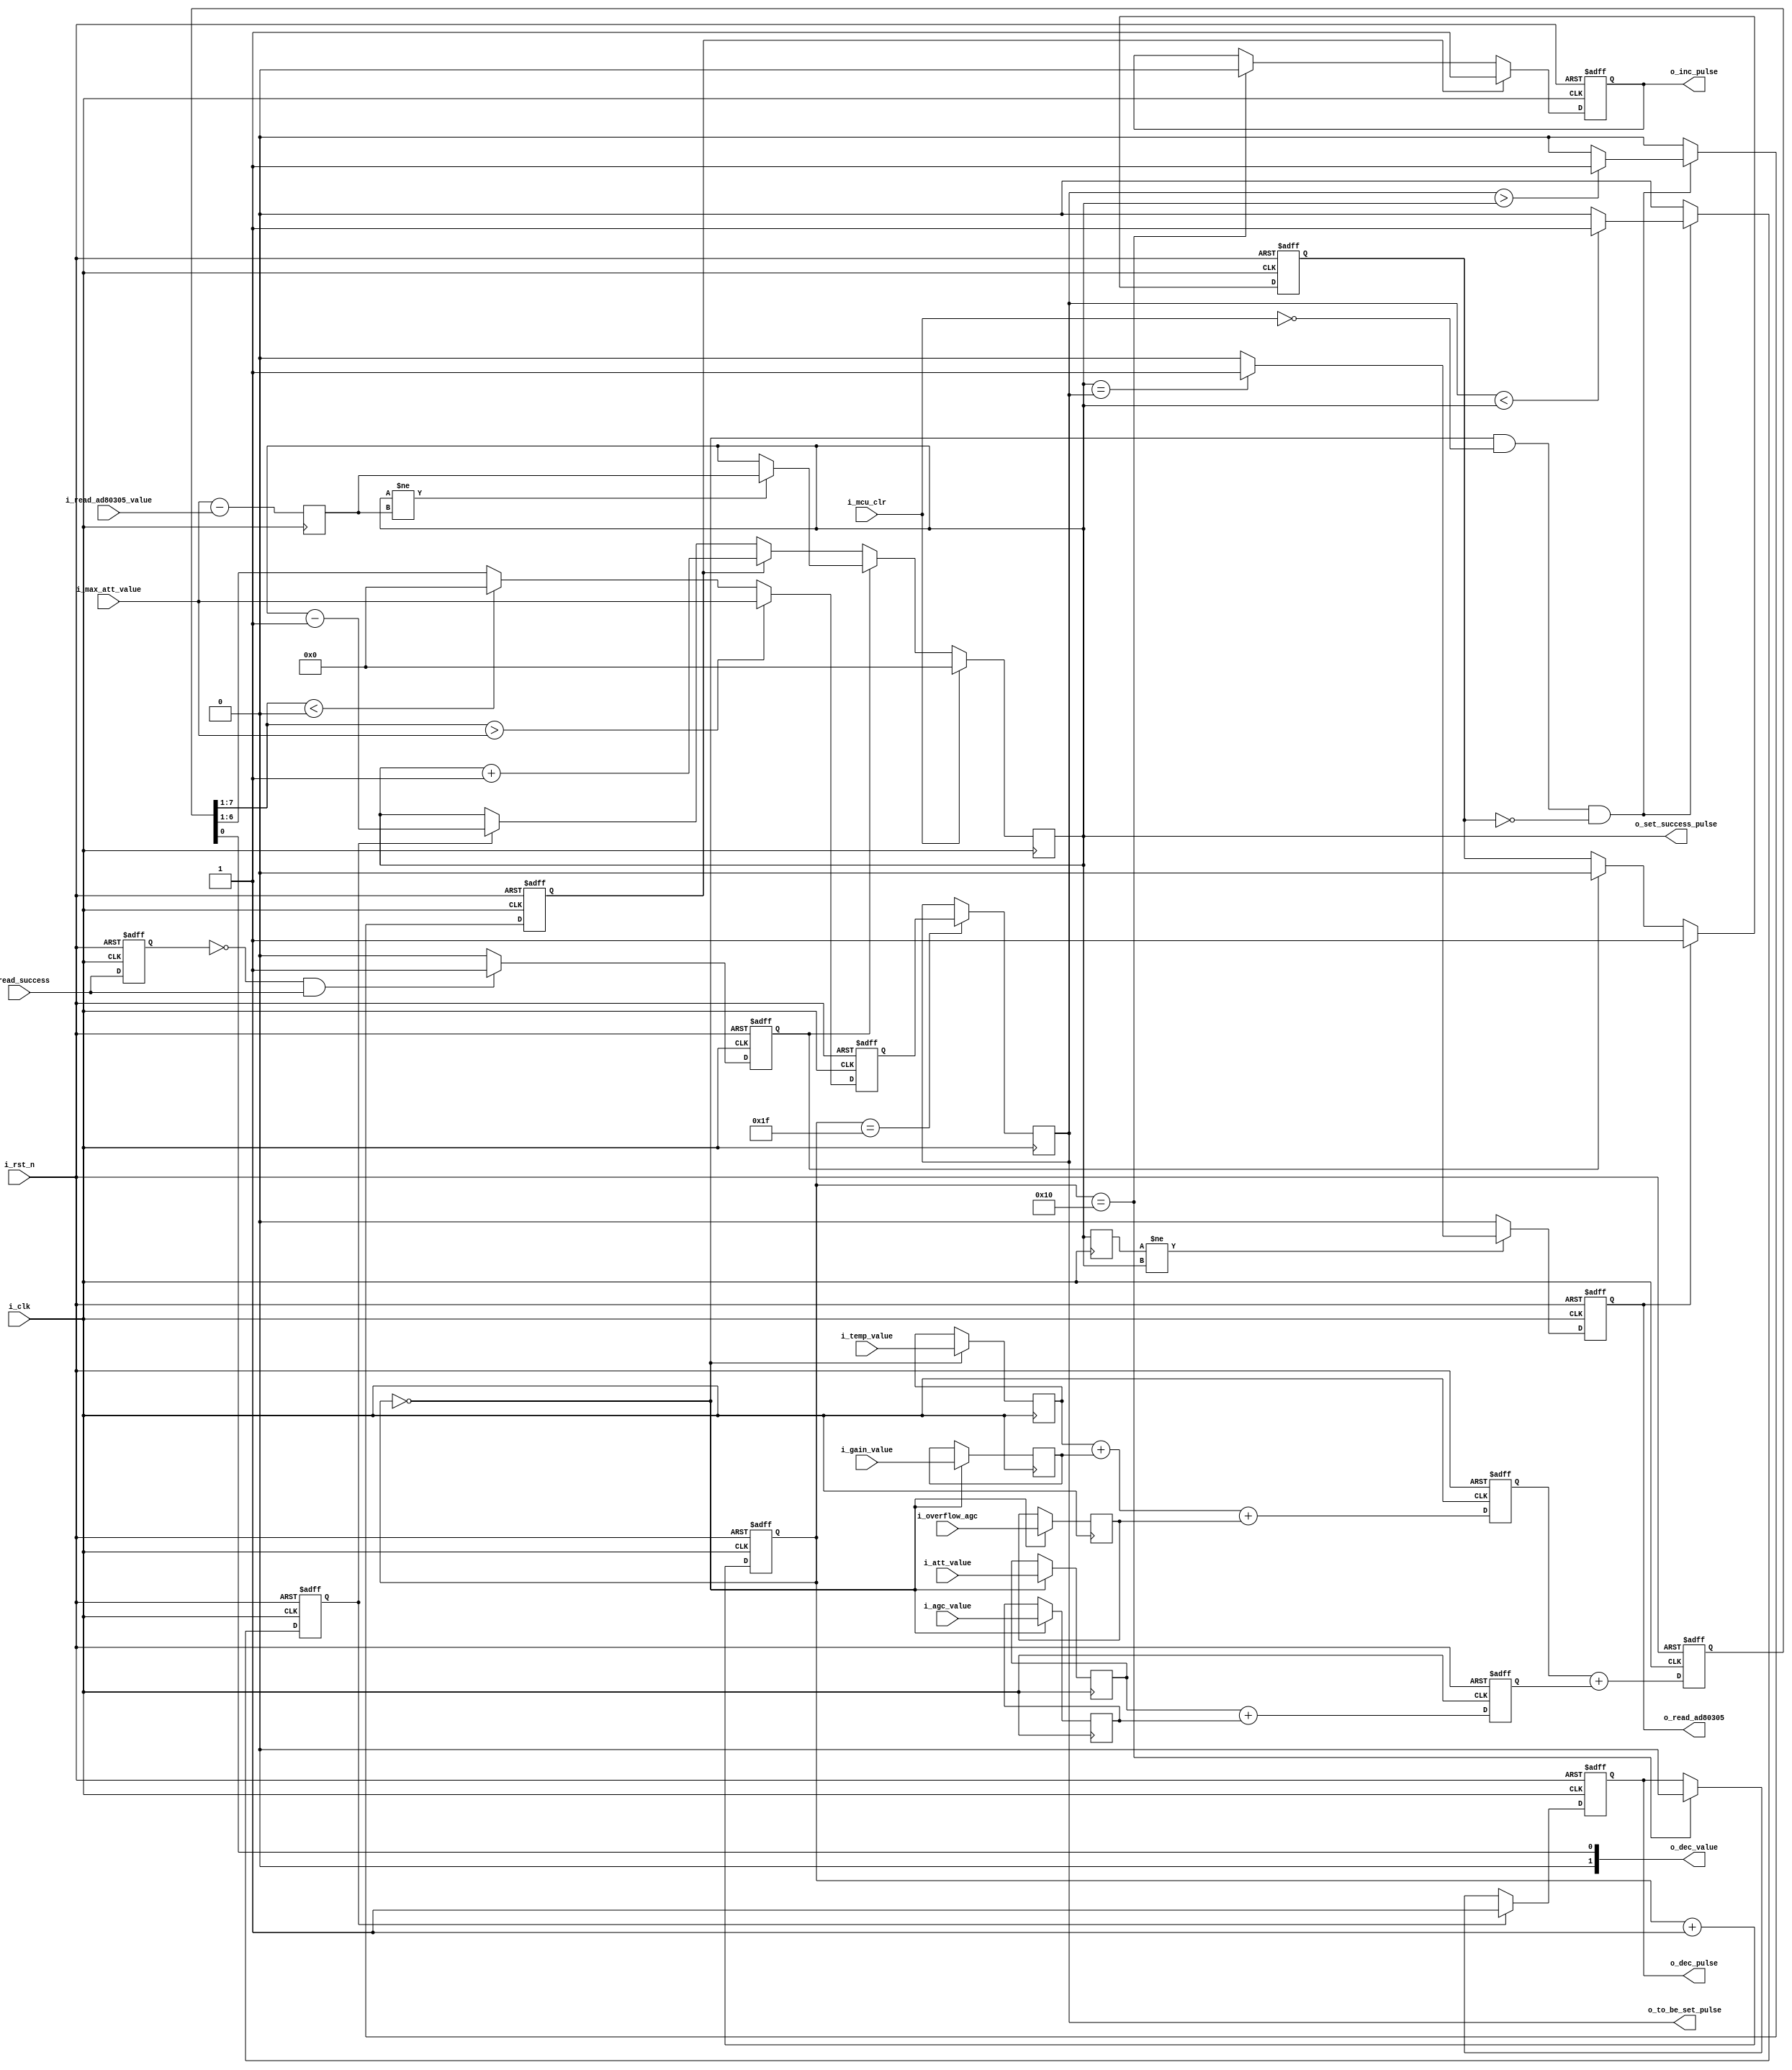
`timescale 1ps / 1ps
//////////////////////////////////////////////////////////////////////////////////
// Company: comba
// Engineer: 
// 
// Create Date:    
// Design Name: 
// Module Name:    mix_dds 
// Project Name: 
// Target Devices: 
// Tool versions:
// Dependencies: 
//
// Revision: 
// Revision 0.01 - File Created
// Additional Comments: 
//
//////////////////////////////////////////////////////////////////////////////////

module ad80305_att_set_inf(
    input                i_clk,
    input                i_rst_n,
    
    input  [5:0]         i_temp_value,
    input  [5:0]		 i_overflow_agc,
    input  [5:0]         i_gain_value,
    input  [5:0]         i_att_value ,
    input  [5:0]         i_agc_value ,
 
    input  [5:0]         i_max_att_value,//ATT
    input                i_mcu_clr      ,//ad80305

    output [5:0]         o_to_be_set_pulse,//
    output [5:0]         o_set_success_pulse,//

    
    output               o_read_ad80305,//ad8030510c
//    output [9:0]  		 o_rw_addr	   ,    
//    output [2:0]		 o_mod_sel	   ,
//    output [7:0]         o_wr_data_mcu ,
//    output [1:0]		 o_rw_chip_mcu , 
    
    input                i_read_success,//ad80305
    input  [5:0]         i_read_ad80305_value,//ad80305

    output [1:0]         o_dec_value,//

    output               o_inc_pulse    ,
    output               o_dec_pulse        
);

reg r_wire_en_att;
reg r_read_ad80305_refresh;

//,32clk
reg [4:0] cnt_32;
always@(posedge i_clk or negedge i_rst_n)
begin
    if(!i_rst_n)
	cnt_32 <= 5'd0;
    else
	cnt_32 <= cnt_32 + 5'd1;
end

reg [5:0] r0_temp_value;
always@(posedge i_clk )
begin
    if(cnt_32  == 5'd0)
        r0_temp_value <= i_temp_value;
    else
        r0_temp_value <= r0_temp_value ;
end

 reg [5:0] r0_overflow_agc;
always@(posedge i_clk )
begin
    if(cnt_32  == 5'd0)
        r0_overflow_agc <= i_overflow_agc;
    else
        r0_overflow_agc <= r0_overflow_agc ;
end


reg [5:0] r0_gain_value;
always@(posedge i_clk)
begin
    if(cnt_32  == 5'd0)
        r0_gain_value <= i_gain_value;
    else
        r0_gain_value <= r0_gain_value;
end


reg [5:0] r0_att_value;
always@(posedge i_clk)
begin
    if(cnt_32  == 5'd0)
        r0_att_value <= i_att_value ;
    else
        r0_att_value <= r0_att_value;
end

reg [5:0] r0_agc_value ;
always@(posedge i_clk)
begin
    if(cnt_32  == 5'd0)
        r0_agc_value <= i_agc_value ;
    else
        r0_agc_value <= r0_agc_value ;
end

////
reg [6:0] r0_sum0 ;
always@(posedge i_clk or negedge i_rst_n)
begin
    if(!i_rst_n)
        r0_sum0 <= 7'd0;
    else
        r0_sum0 <= {1'b0,r0_temp_value} + {1'b0,r0_gain_value}+{1'b0,r0_overflow_agc};
end

reg [6:0] r0_sum1 ;
always@(posedge i_clk or negedge i_rst_n)
begin
    if(!i_rst_n)
        r0_sum1 <= 7'd0;
    else
        r0_sum1 <= {1'b0,r0_att_value} + {1'b0,r0_agc_value};
end

reg [7:0] r1_sum ;
always@(posedge i_clk or negedge i_rst_n)
begin
    if(!i_rst_n)
        r1_sum  <= 8'd0;
    else
        r1_sum  <= {1'b0,r0_sum0} + {1'b0,r0_sum1};//3 piple
end

//
reg [5:0] r2_sum ;
always@(posedge i_clk or negedge i_rst_n)
begin
    if(!i_rst_n)
        r2_sum  <= 6'd0;
    else if(r1_sum[7:1] > i_max_att_value)
		r2_sum  <= i_max_att_value;
    else if(r1_sum[7:1] <0)
		r2_sum <= 6'd0;
    else
        r2_sum  <= r1_sum[6:1];
end


//
assign o_dec_value = {1'b0,r1_sum[0]};


//att
reg [5:0]  r_to_be_set_value = 0;
//att
reg [5:0] r_set_success = 0;

always@(posedge i_clk)
begin
    if(cnt_32  == 5'd31)
    	r_to_be_set_value <= r2_sum;
    else 
       r_to_be_set_value <= r_to_be_set_value ;
end

assign o_to_be_set_pulse = r_to_be_set_value ;

//
reg r_inc_pulse_gen;
always@(posedge i_clk or negedge i_rst_n)
begin
    if(!i_rst_n)
       r_inc_pulse_gen <= 1'b0;
    else if((cnt_32 == 5'd0)&&(i_mcu_clr == 1'b0)&&(r_wire_en_att == 1'b0))
       begin
           if(r_to_be_set_value > r_set_success)
               r_inc_pulse_gen <= 1'b1;
           else
               r_inc_pulse_gen <= 1'b0;
       end
    else
        r_inc_pulse_gen <= 1'b0;
end

reg r_dec_pulse_gen;
always@(posedge i_clk or negedge i_rst_n)
begin
    if(!i_rst_n)
       r_dec_pulse_gen <= 1'b0;
    else if((cnt_32 == 5'd0)&&(i_mcu_clr == 1'b0)&&(r_wire_en_att == 1'b0))
       begin
           if(r_to_be_set_value < r_set_success)
               r_dec_pulse_gen <= 1'b1;
           else
               r_dec_pulse_gen <= 1'b0;
       end
    else
       r_dec_pulse_gen <= 1'b0;
end


reg r_inc_pulse_output;
always@(posedge i_clk or negedge i_rst_n)
begin
    if(!i_rst_n)
       r_inc_pulse_output <= 1'b0;
    else if((r_inc_pulse_gen == 1'b1))
       r_inc_pulse_output <= 1'b1;
    else if(cnt_32 == 5'd16)
       r_inc_pulse_output <= 1'b0;
    else
       r_inc_pulse_output <= r_inc_pulse_output;
end

reg r_dec_pulse_output;
always@(posedge i_clk or negedge i_rst_n)
begin
    if(!i_rst_n)
       r_dec_pulse_output <= 1'b0;
    else if(r_dec_pulse_gen == 1'b1)
       r_dec_pulse_output <= 1'b1;
    else if(cnt_32 == 5'd16)
       r_dec_pulse_output <= 1'b0;
    else
       r_dec_pulse_output <= r_dec_pulse_output;
end

assign o_inc_pulse = r_inc_pulse_output ;
assign o_dec_pulse = r_dec_pulse_output ;

reg [5:0] r_read_ad80305_value;
always@(posedge i_clk)
begin
    r_read_ad80305_value <= i_max_att_value - i_read_ad80305_value ;
end

//att
always@(posedge i_clk)
begin
    if(i_mcu_clr == 1'b1)
        r_set_success <= 5'd0;
    else if(r_read_ad80305_refresh == 1'b1)
    	begin
    		if(r_set_success != r_read_ad80305_value)
    			r_set_success <= r_read_ad80305_value;
    		else
    			r_set_success <= r_set_success;
    	end
    else if(r_inc_pulse_gen == 1'b1)
        r_set_success <= r_set_success + 6'd1;
    else if(r_dec_pulse_gen == 1'b1) 
        r_set_success <= r_set_success - 6'd1;
    else
       r_set_success <= r_set_success;
end

reg [5:0] r1_set_success ;
always@(posedge i_clk)
begin
   	r1_set_success <= r_set_success;
end

//ad8030510c
reg r_read_ad80305_start;
always@(posedge i_clk or negedge i_rst_n)
begin
    if(!i_rst_n)
    	r_read_ad80305_start <= 1'b0;
    else if(r1_set_success != r_set_success)
		begin
			if(r_set_success == r_to_be_set_value)
				r_read_ad80305_start <= 1'b1;
			else
				r_read_ad80305_start <= 1'b0;
		end
	else
		r_read_ad80305_start <= 1'b0;
end

//ad80305ad80305
always@(posedge i_clk or negedge i_rst_n)
begin
    if(!i_rst_n)
    	r_wire_en_att <= 1'b0;
    else if(r_read_ad80305_start == 1'b1)
    	r_wire_en_att <= 1'b1;
    else if(r_read_ad80305_refresh == 1'b1)
    	r_wire_en_att <= 1'b0;
    else
    	r_wire_en_att <= r_wire_en_att;    	
end


reg r_read_success;
always@(posedge i_clk or negedge i_rst_n)
begin
    if(!i_rst_n)
    	r_read_success <= 1'b0;
    else
    	r_read_success <= i_read_success;
end


always@(posedge i_clk or negedge i_rst_n)
begin
    if(!i_rst_n)
    	r_read_ad80305_refresh <= 1'b0;
    else if(((!r_read_success)&i_read_success))
    	r_read_ad80305_refresh <= 1'b1;
    else
    	r_read_ad80305_refresh <= 1'b0;
end



assign o_read_ad80305 = r_read_ad80305_start;

assign o_set_success_pulse = r_set_success;

endmodule